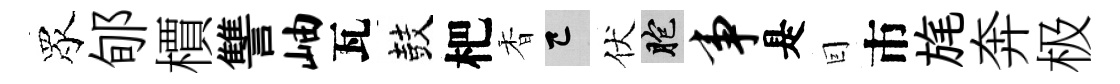
眾郇檟讐岫瓦鼓杷香巳伏胞事是囙市旄奔极